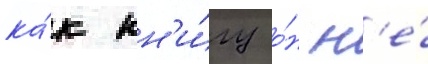
ка́к кн'и́гу о́н н'е́